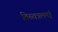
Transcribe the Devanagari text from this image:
तिरुवन्नलमई